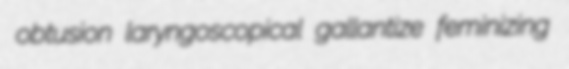
obtusion laryngoscopical gallantize feminizing